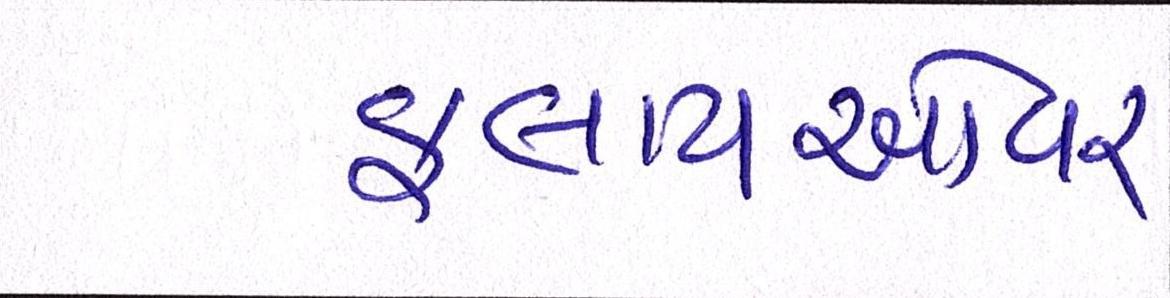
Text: ફ્લાયઓવર